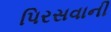
પિરસવાની